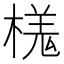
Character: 𣘎